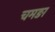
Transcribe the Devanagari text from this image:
चमङा